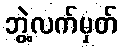
ဘွဲ့လက်မှတ်